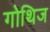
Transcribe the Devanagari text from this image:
गोथिज